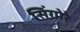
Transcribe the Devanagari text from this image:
सिंगोरे